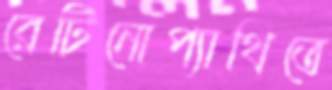
রেটিনোপ্যাথিতে